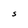
Character: S